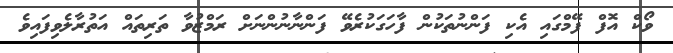
ވޯކް އޮފް ފޭމްގައި އެކި ފަންނުތަކުން ފާހަގަކުރެވޭ ފަންނާނުންނަށް ރަމްޒުވާ ތަރިތައް އަތުރާލެވިފައިވެ